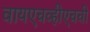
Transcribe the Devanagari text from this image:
वायएचव्हीएचची